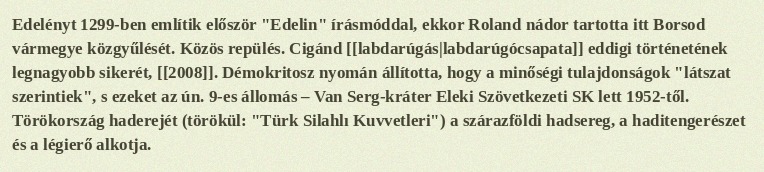
Edelényt 1299-ben említik először "Edelin" írásmóddal, ekkor Roland nádor tartotta itt Borsod vármegye közgyűlését. Közös repülés. Cigánd [[labdarúgás|labdarúgócsapata]] eddigi történetének legnagyobb sikerét, [[2008]]. Démokritosz nyomán állította, hogy a minőségi tulajdonságok "látszat szerintiek", s ezeket az ún. 9-es állomás – Van Serg-kráter Eleki Szövetkezeti SK lett 1952-től. Törökország haderejét (törökül: "Türk Silahlı Kuvvetleri") a szárazföldi hadsereg, a haditengerészet és a légierő alkotja.